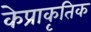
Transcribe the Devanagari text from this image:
केप्राकृतिक